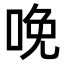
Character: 𠲶